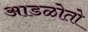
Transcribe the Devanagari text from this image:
आडळोतो